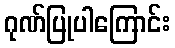
ဂုဏ်ပြုပါကြောင်း